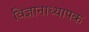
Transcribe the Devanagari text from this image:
विज्ञानाध्यापक